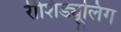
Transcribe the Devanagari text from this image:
रीशिड्यूलिंग